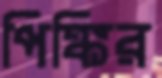
পিঙ্কির